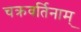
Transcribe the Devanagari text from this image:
चक्रवर्तिनाम्